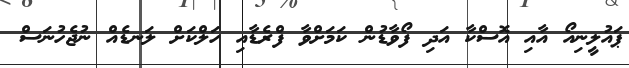
ޕައުލީނިއޯ އާއި އޮސްކާ އަދި ފޯވާޑުން ކަމަށްވާ ފްރެޑާއި ހަލްކަށް ލަނޑެއް ނުޖެހުނަސް